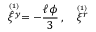
\stackrel { \scriptscriptstyle ( 1 ) \, } { \hat { \xi } ^ { y } } = - { \frac { \ell \phi } { 3 } } \, , \quad \stackrel { \scriptscriptstyle ( 1 ) \, } { \xi ^ { r } }